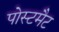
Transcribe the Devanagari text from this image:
पोस्टमैट